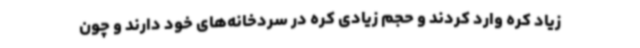
زیاد کره وارد کردند و حجم زیادی کره در سردخانه‌های خود دارند و چون